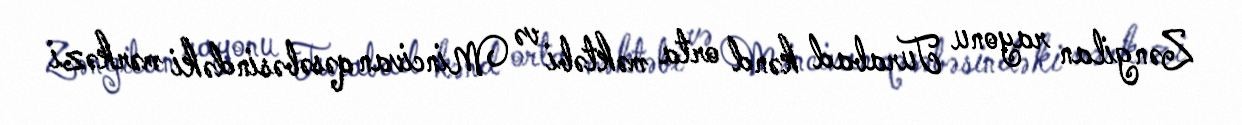
Zəngilan rayonu Turabad kənd orta məktəbi və Mincivan qəsəbəsindəki mərkəzi